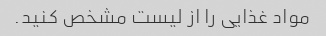
مواد غذایی را از لیست مشخص کنید.